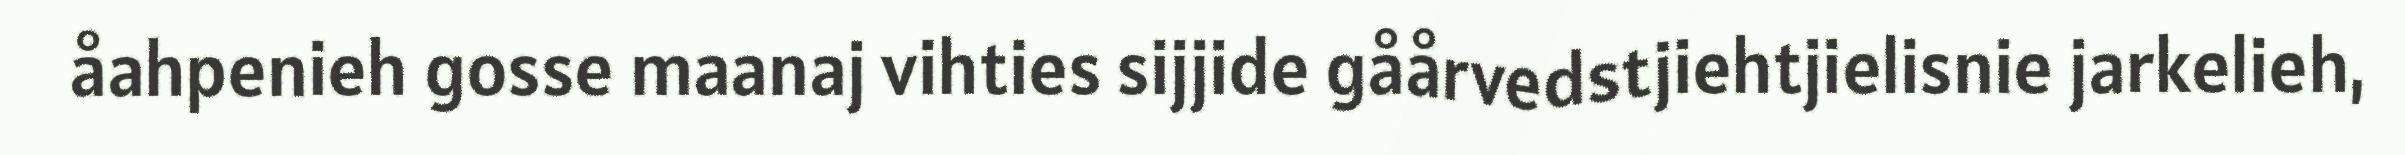
åahpenieh gosse maanaj vihties sijjide gåårvedstjiehtjielisnie jarkelieh,